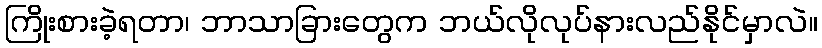
ကြိုးစားခဲ့ရတာ၊ ဘာသာခြားတွေက ဘယ်လိုလုပ်နားလည်နိုင်မှာလဲ။